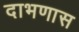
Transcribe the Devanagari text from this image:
दाभणास